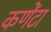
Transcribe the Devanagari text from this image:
कणेंटा